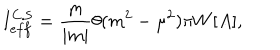
I _ { e f f } ^ { \mathrm { C . S } } = \frac { m } { | m | } \theta ( m ^ { 2 } - \mu ^ { 2 } ) \pi W [ A ] ,